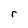
Character: r